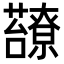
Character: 𧄈